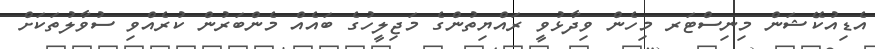
އެޑިއުކޭޝަން މިނިސްޓަރ މިހެން ވިދާޅުވީ ރައްޔިތުންގެ މަޖިލީހުގެ ބައެއް މެންބަރުން ކުރެއްވި ސުވާލުތަކަށް